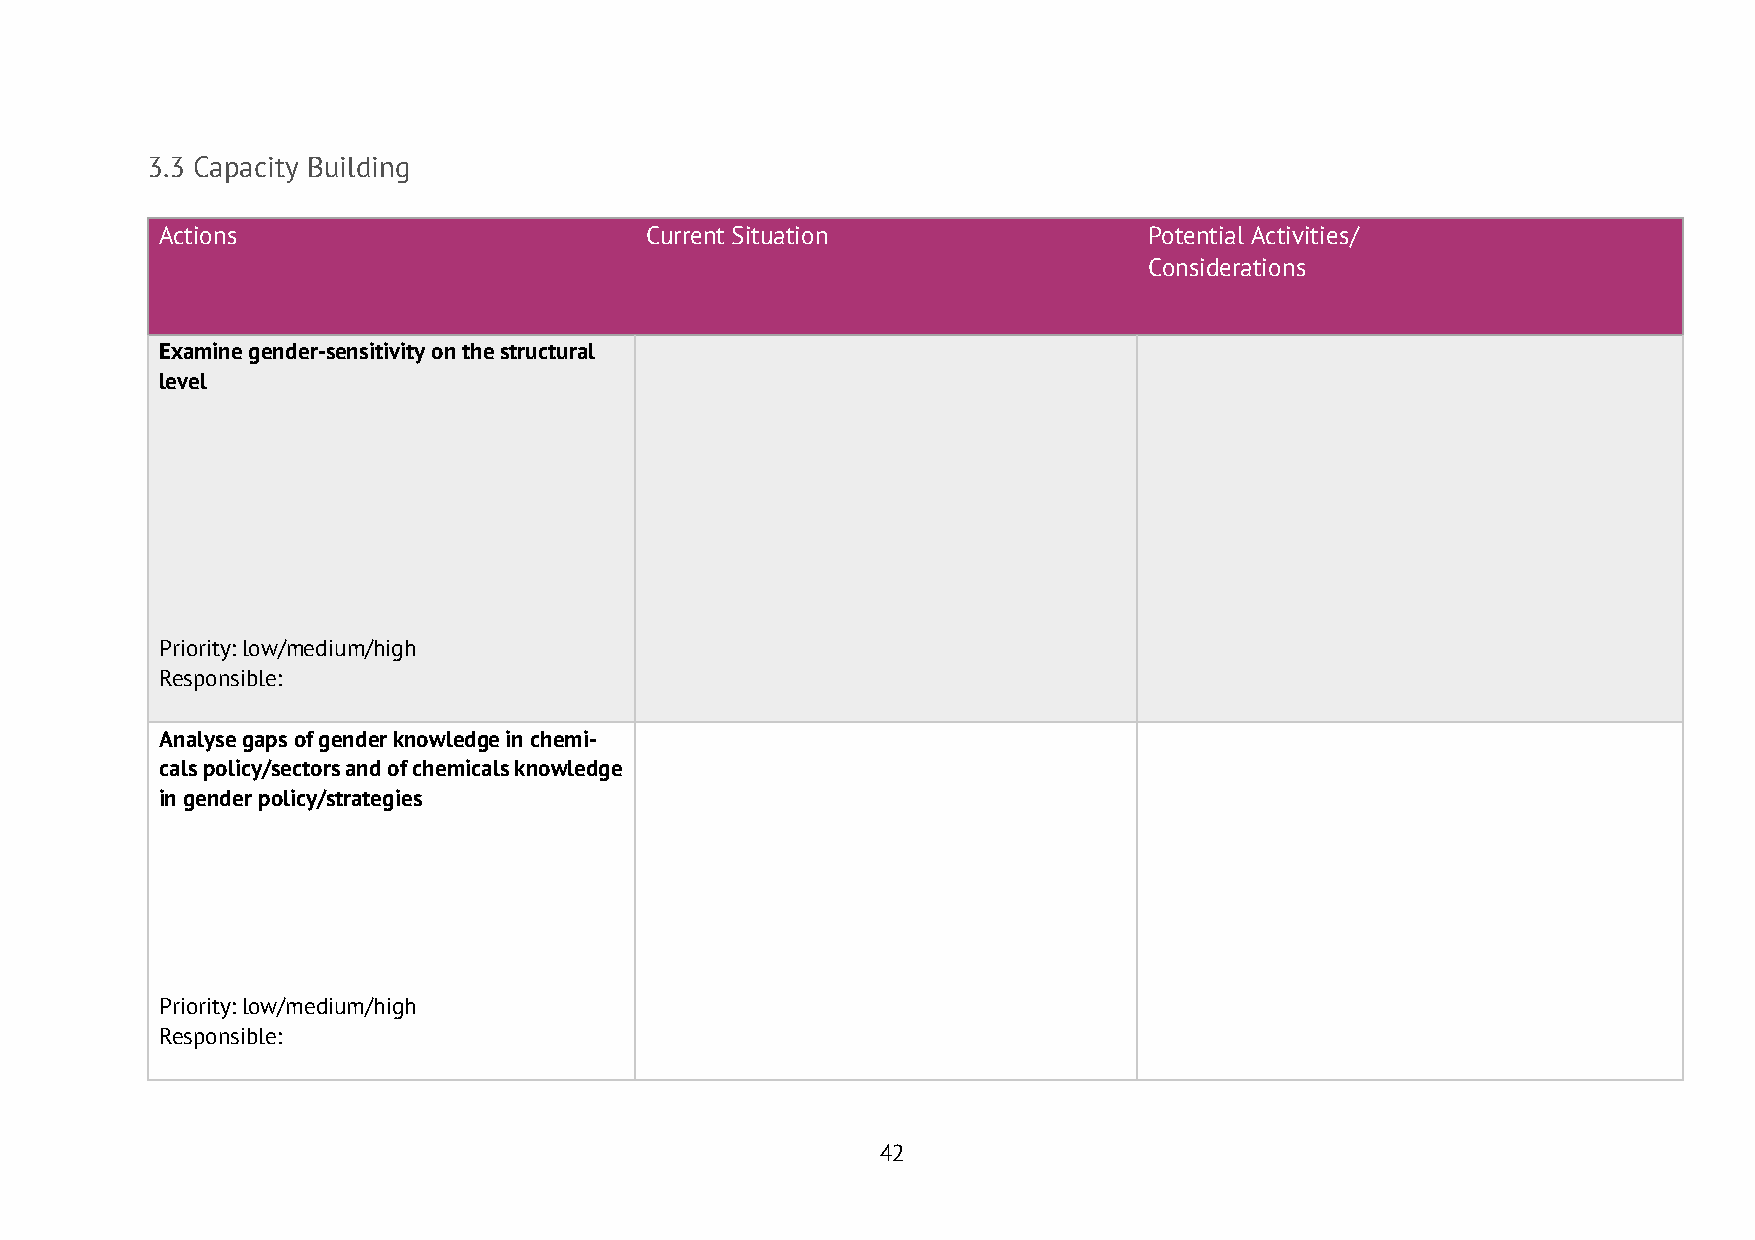
3.3 Capacity Building
 Actions                         Current Situation                Potential Activities/
 Considerations
 Examine gender-sensitivity on the structural
 level
 Priority: low/medium/high
 Responsible:
 Analyse gaps of gender knowledge in chemi-
 cals policy/sectors and of chemicals knowledge
 in gender policy/strategies
 Priority: low/medium/high
 Responsible:
 42